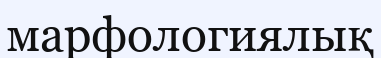
марфологиялық